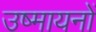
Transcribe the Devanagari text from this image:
उष्मायनों